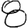
Digit: 8